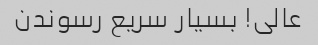
عالی! بسیار سریع رسوندن